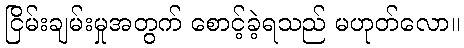
ငြိမ်းချမ်းမှုအတွက် စောင့်ခဲ့ရသည် မဟုတ်လော။